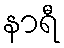
နာရီ